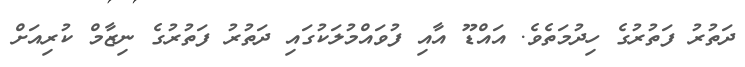
ދަތުރު ފަތުރުގެ ހިދުމަތެވެ. އައްޑޫ އާއި ފުވައްމުލަކުގައި ދަތުރު ފަތުރުގެ ނިޒާމް ކުރިއަށް